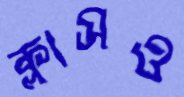
ক্লাসও